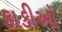
કાકીઓ